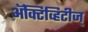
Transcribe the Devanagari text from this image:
अॅक्टिव्हिटीज्